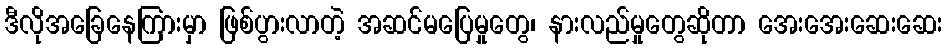
ဒီလိုအခြေနေကြားမှာ ဖြစ်ပွားလာတဲ့ အဆင်မပြေမှုတွေ၊ နားလည်မှုတွေဆိုတာ အေးအေးဆေးဆေး